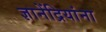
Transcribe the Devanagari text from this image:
ज्ञानेंद्रियांना